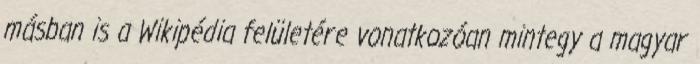
másban is a Wikipédia felületére vonatkozóan mintegy a magyar